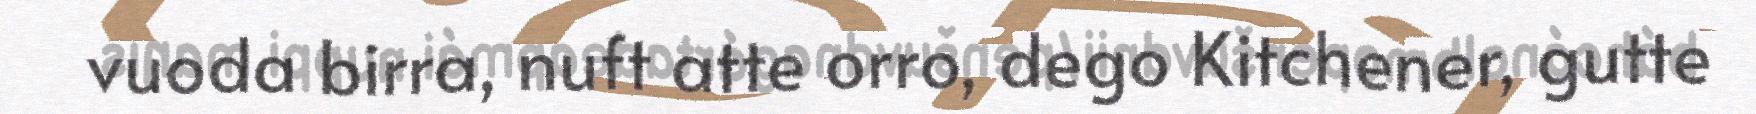
vuoda birra, nuft atte orro, dego Kitchener, gutte